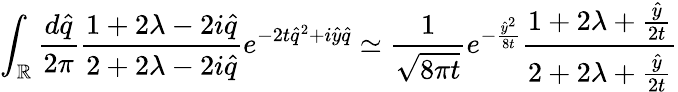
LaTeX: \int_{\mathbb{R}}\frac{d\hat{q}}{2\pi}\frac{1+2\lambda-2i\hat{q}}{2+2\lambda-2i\hat{q}}e^{-2t\hat{q}^{2}+i\hat{y}\hat{q}}\simeq\frac{1}{\sqrt{8\pi t}}e^{-\frac{\hat{y}^{2}}{8t}}\frac{1+2\lambda+\frac{\hat{y}}{2t}}{2+2\lambda+\frac{\hat{y}}{2t}}